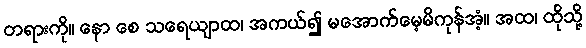
တရားကို။ နော စေ သရေယျာထ၊ အကယ်၍ မအောက်မေ့မိကုန်အံ့။ အထ၊ ထိုသို့